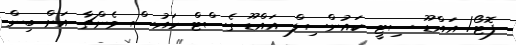
ފޮޓޯ/ އައްޑޫ ސިޓީ ކައުންސިލް އައްޑޫ ގެސްޓް ހައުސް ވެންޗާ އަށް ބިން